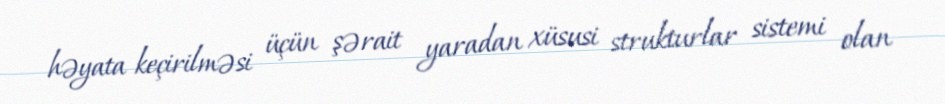
həyata keçirilməsi üçün şərait yaradan xüsusi strukturlar sistemi olan